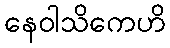
နေဝါသိကေဟိ